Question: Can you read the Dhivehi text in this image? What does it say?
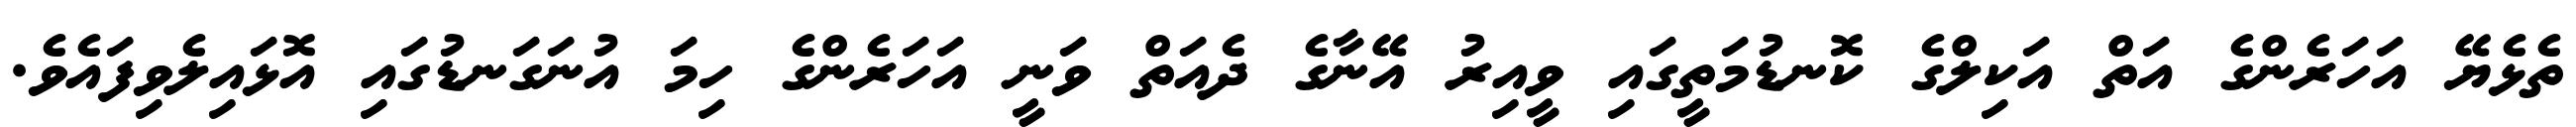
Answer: ތެޅެޔޭ އަހަރެންގެ އަތް އަކިލްގެ ކޮނޑުމަތީގައި ވީއިރު އޭނާގެ ދެއަތް ވަނީ އަހަރެންގެ ހިމަ އުނަގަނޑުގައި އޮޅައިލެވިފައެވެ.